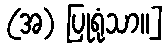
(အ) ပြုရုံသာ။]